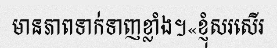
មានភាពទាក់ទាញខ្លាំង។«ខ្ញុំសរសើរ